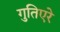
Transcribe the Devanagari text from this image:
गुतिएरे